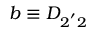
b \equiv D _ { 2 ^ { ' } 2 }